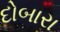
દોબારા